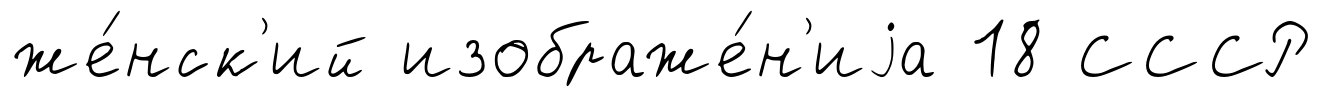
же́нск'ий изображе́н'иjа 18 СССР